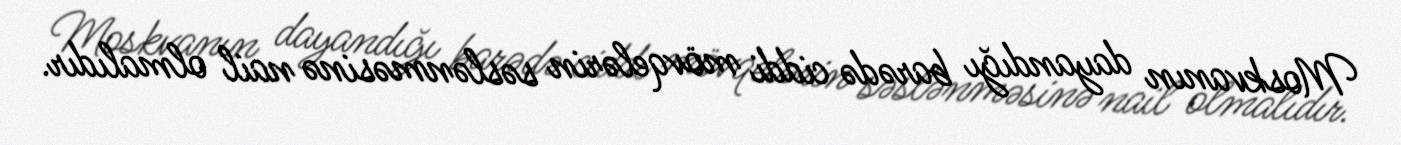
Moskvanın dayandığı barədə ciddi mövqelərin səslənməsinə nail olmalıdır.